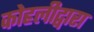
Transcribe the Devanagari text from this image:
कोहलीद्वारा